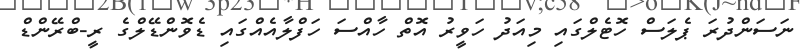
ނަސަންދުރަ ޕެލަސް ހޮޓެލްގައި މިއަދު ހަވީރު އޮތް ހާއްސަ ހަފްލާއެއްގައި ޑެވޮންޑޭލްގެ ރީ-ބްރޭންޑް